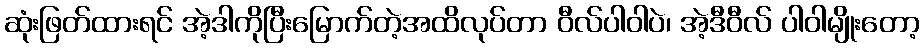
ဆုံးဖြတ်ထားရင် အဲ့ဒါကိုပြီးမြောက်တဲ့အထိလုပ်တာ ဝီလ်ပါဝါပဲ၊ အဲ့ဒီဝီလ် ပါဝါမျိုးတော့